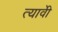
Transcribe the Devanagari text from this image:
त्यावेी